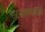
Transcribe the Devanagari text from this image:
सरंजामपञात